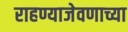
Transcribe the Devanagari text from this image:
राहण्याजेवणाच्या